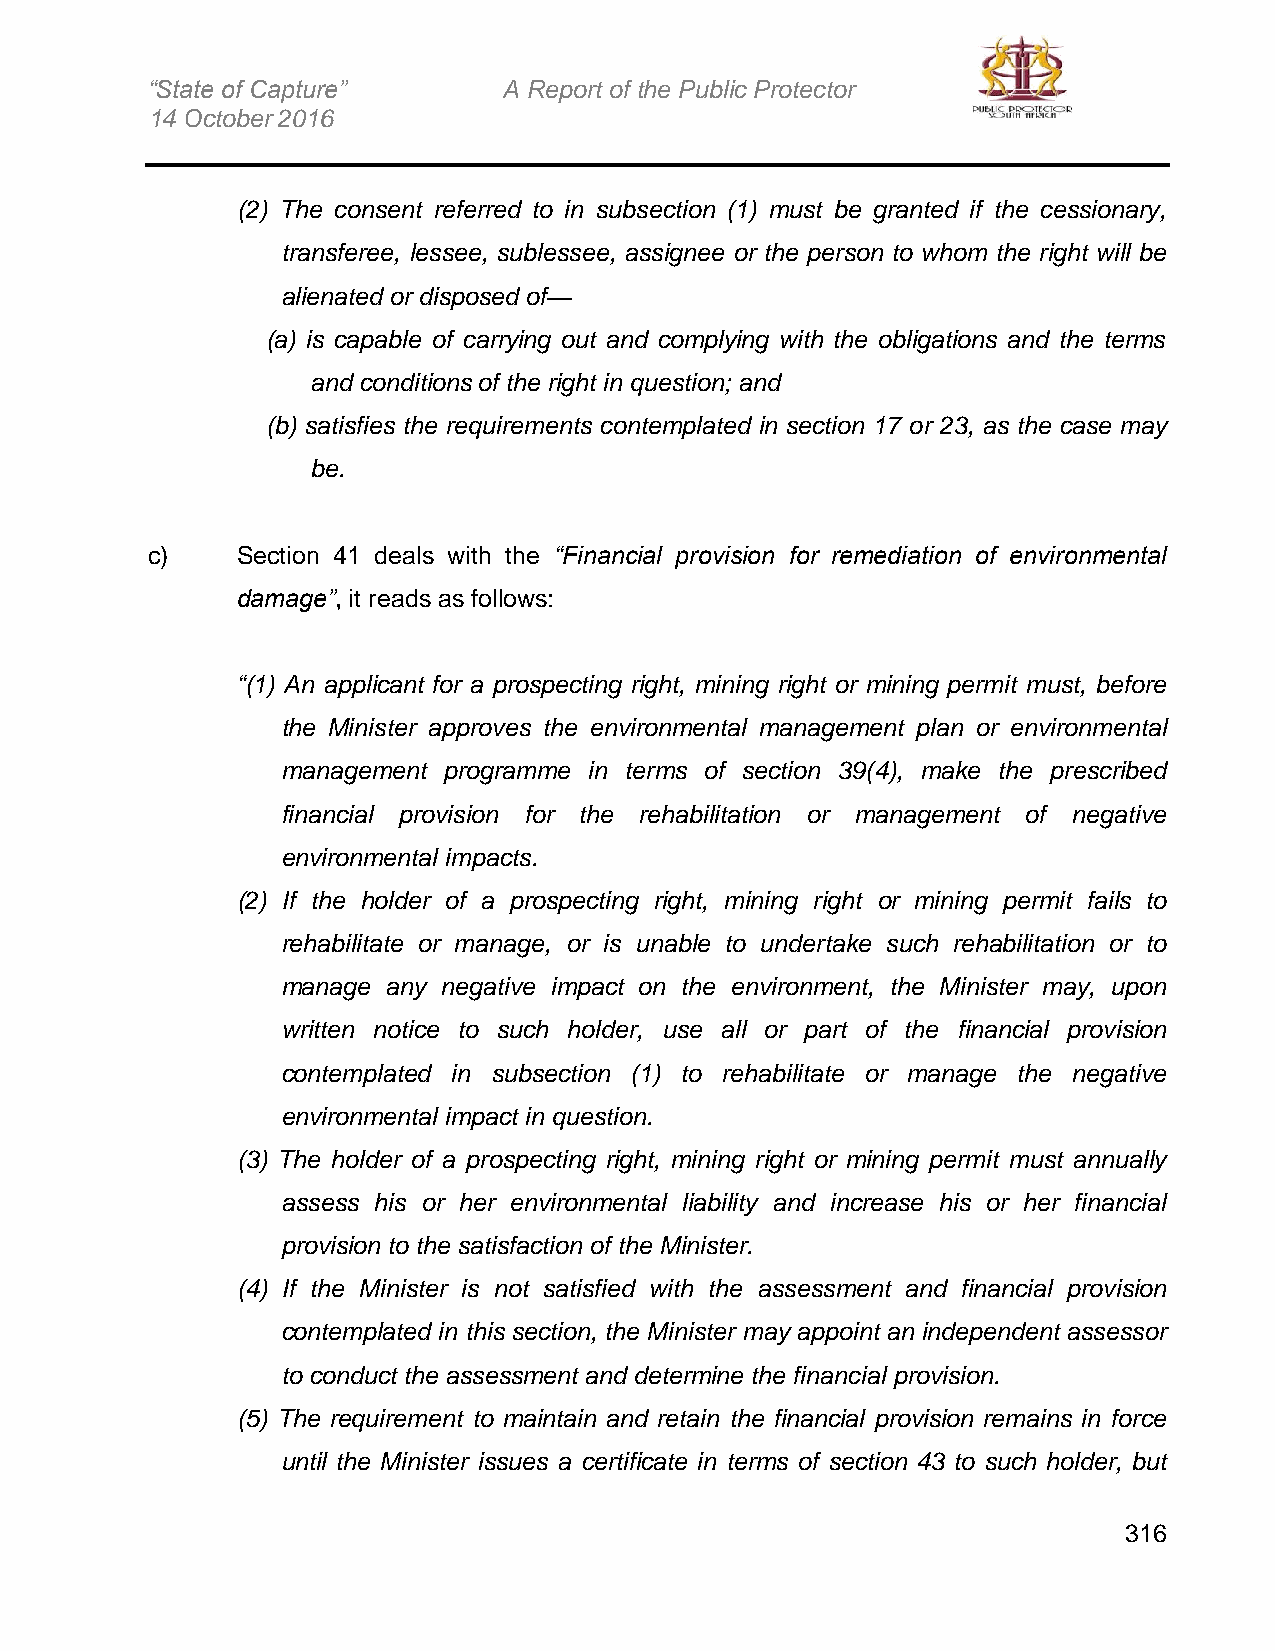
“State of Capture”     A Report of the Public Protector
 14 October 2016
 (2) The consent referred to in subsection (1) must be granted if the cessionary,
 transferee, lessee, sublessee, assignee or the person to whom the right will be
 alienated or disposed of—
 (a) is capable of carrying out and complying with the obligations and the terms
 and conditions of the right in question; and
 (b) satisfies the requirements contemplated in section 17 or 23, as the case may
 be.
 c)    Section 41 deals with the “Financial provision for remediation of environmental
 damage”, it reads as follows:
 “(1) An applicant for a prospecting right, mining right or mining permit must, before
 the Minister approves the environmental management plan or environmental
 management programme in terms of section 39(4), make the prescribed
 financial provision for the rehabilitation or management of negative
 environmental impacts.
 (2) If the holder of a prospecting right, mining right or mining permit fails to
 rehabilitate or manage, or is unable to undertake such rehabilitation or to
 manage any negative impact on the environment, the Minister may, upon
 written notice to such holder, use all or part of the financial provision
 contemplated in subsection (1) to rehabilitate or manage the negative
 environmental impact in question.
 (3) The holder of a prospecting right, mining right or mining permit must annually
 assess his or her environmental liability and increase his or her financial
 provision to the satisfaction of the Minister.
 (4) If the Minister is not satisfied with the assessment and financial provision
 contemplated in this section, the Minister may appoint an independent assessor
 to conduct the assessment and determine the financial provision.
 (5) The requirement to maintain and retain the financial provision remains in force
 until the Minister issues a certificate in terms of section 43 to such holder, but
 316